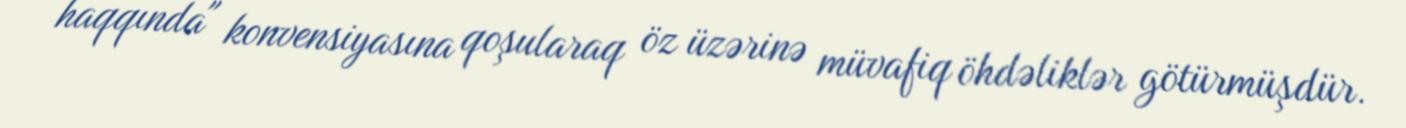
haqqında" konvensiyasına qoşularaq öz üzərinə müvafiq öhdəliklər götürmüşdür.